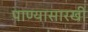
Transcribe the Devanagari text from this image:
पाण्यासारखी